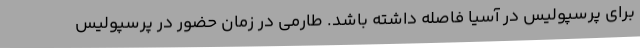
برای پرسپولیس در آسیا فاصله داشته باشد. طارمی در زمان حضور در پرسپولیس